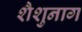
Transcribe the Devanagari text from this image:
शैशुनाग